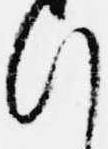
行